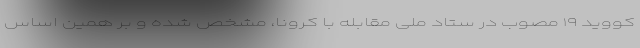
کووید ۱۹ مصوب در ستاد ملی مقابله با کرونا، مشخص شده و بر همین اساس